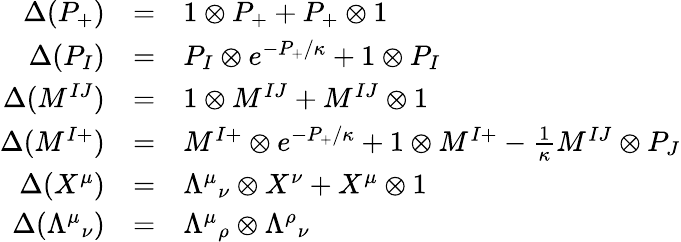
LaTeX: \begin{array}{rcl}{{\Delta(P_{+})}}&{{=}}&{{1\otimes P_{+}+P_{+}\otimes 1}}\\ {{\Delta(P_{I})}}&{{=}}&{{P_{I}\otimes e^{-P_{+}/\kappa}+1\otimes P_{I}}}\\ {{\Delta(M^{IJ})}}&{{=}}&{{1\otimes M^{IJ}+M^{IJ}\otimes 1}}\\ {{\Delta(M^{I+})}}&{{=}}&{{M^{I+}\otimes e^{-P_{+}/\kappa}+1\otimes M^{I+}-\frac{1}{\kappa}M^{IJ}\otimes P_{J}}}\\ {{\Delta(X^{\mu})}}&{{=}}&{{\Lambda^{\mu}{}_{\nu}\otimes X^{\nu}+X^{\mu}\otimes 1}}\\ {{\Delta(\Lambda^{\mu}{}_{\nu})}}&{{=}}&{{\Lambda^{\mu}{}_{\rho}\otimes\Lambda^{\rho}{}_{\nu}}}\end{array}